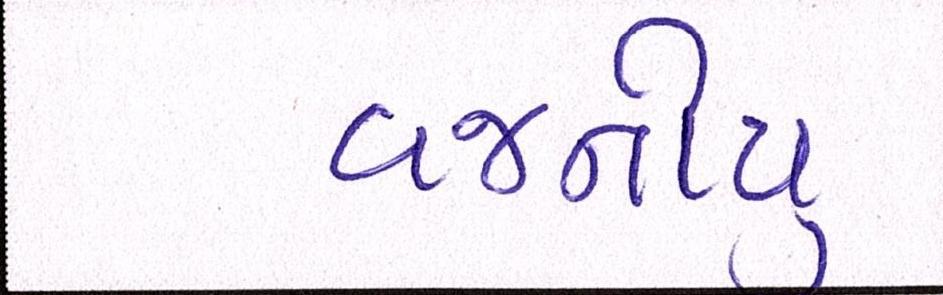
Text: વજનીયુ